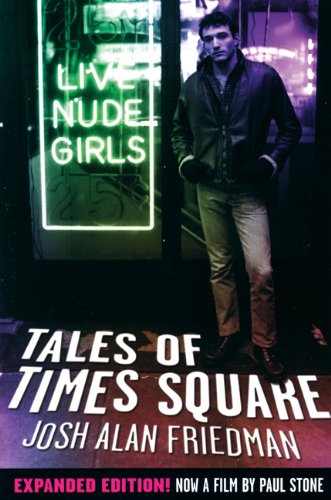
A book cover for Tales of Times Square: Expanded Edition; Josh Alan Friedman; Politics & Social Sciences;